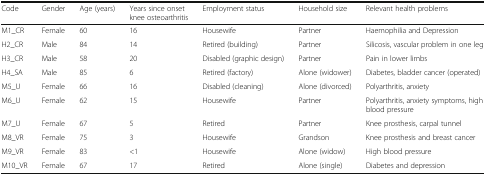
<table><thead><tr><td><b>Code</b></td><td><b>Gender</b></td><td><b>Age (years)</b></td><td><b>Years since onset knee osteoarthritis</b></td><td><b>Employment status</b></td><td><b>Household size</b></td><td><b>Relevant health problems</b></td></tr></thead><tbody><tr><td>M1_CR</td><td>Female</td><td>60</td><td>16</td><td>Housewife</td><td>Partner</td><td>Haemophilia and Depression</td></tr><tr><td>H2_CR</td><td>Male</td><td>84</td><td>14</td><td>Retired (building)</td><td>Partner</td><td>Silicosis, vascular problem in one leg</td></tr><tr><td>H3_CR</td><td>Male</td><td>58</td><td>20</td><td>Disabled (graphic design)</td><td>Partner</td><td>Pain in lower limbs</td></tr><tr><td>H4_SA</td><td>Male</td><td>85</td><td>6</td><td>Retired (factory)</td><td>Alone (widower)</td><td>Diabetes, bladder cancer (operated)</td></tr><tr><td>M5_U</td><td>Female</td><td>66</td><td>16</td><td>Disabled (cleaning)</td><td>Alone (divorced)</td><td>Polyarthritis, anxiety</td></tr><tr><td>M6_U</td><td>Female</td><td>62</td><td>15</td><td>Housewife</td><td>Partner</td><td>Polyarthritis, anxiety symptoms, high blood pressure</td></tr><tr><td>M7_U</td><td>Female</td><td>67</td><td>5</td><td>Retired</td><td>Partner</td><td>Knee prosthesis, carpal tunnel</td></tr><tr><td>M8_VR</td><td>Female</td><td>75</td><td>3</td><td>Housewife</td><td>Grandson</td><td>Knee prosthesis and breast cancer</td></tr><tr><td>M9_VR</td><td>Female</td><td>83</td><td>&lt;1</td><td>Housewife</td><td>Alone (widow)</td><td>High blood pressure</td></tr><tr><td>M10_VR</td><td>Female</td><td>67</td><td>17</td><td>Retired</td><td>Alone (single)</td><td>Diabetes and depression</td></tr></tbody></table>